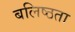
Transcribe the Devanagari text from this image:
बलिष्ठता